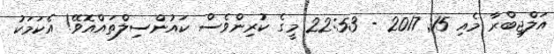
އަލްޖިބްރާ މެއި 15